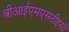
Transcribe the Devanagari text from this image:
बीआईएमएसटीइसी